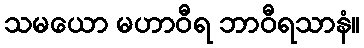
သမယော မဟာဝီရ ဘာဝီရသာနံ။